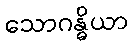
သောဂန္ဓိယာ